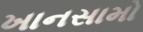
ખાનસામો